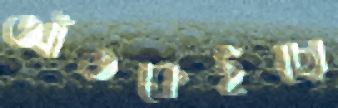
আঁতকেইছো